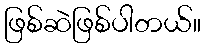
ဖြစ်ဆဲဖြစ်ပါတယ်။